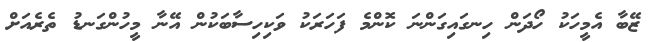
ޒޭބާ އެމީހަކު ހޯދަން ހިނގައިގަންނަ ކޮންމެ ފަހަރަކު ވަކިހިސާބަކުން އޭނާ މީހުންގަނޑު ތެރެއަށް